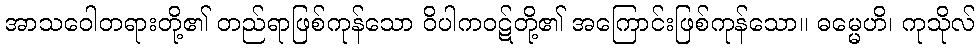
အာသဝေါတရားတို့၏ တည်ရာဖြစ်ကုန်သော ဝိပါကဝဋ်တို့၏ အကြောင်းဖြစ်ကုန်သော။ ဓမ္မေဟိ၊ ကုသိုလ်